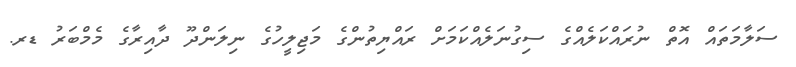
ސަލާމަތައް އޮތް ނުރައްކަލެއްގެ ސިގުނަލެއްކަމަށް ރައްޔިތުންގެ މަޖިލީހުގެ ނިލަންދޫ ދާއިރާގެ މެމްބަރު ޑރ.